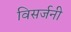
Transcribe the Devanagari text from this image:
विसर्जनी